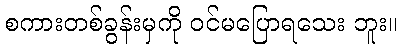
စကားတစ်ခွန်းမှကို ဝင်မပြောရသေး ဘူး။